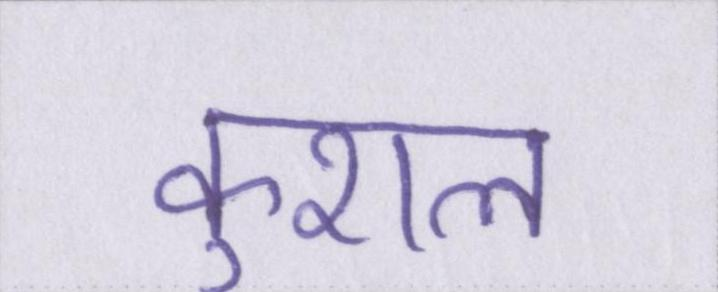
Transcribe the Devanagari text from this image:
कुशल